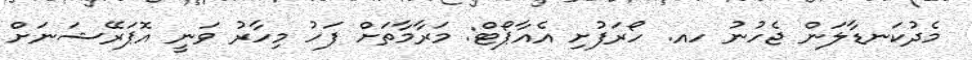
މެދުކަނޑާލަން ޖެހުނު ހއ. ހޯރަފުށި އެއާޕޯޓް: މަރާމާތަށް ފަހު މިހާރު ވަނީ އޮޕަރޭޝަނަށް